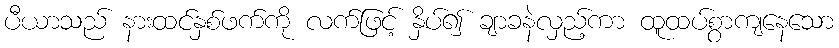
ပီယာသည် နားထင်နှစ်ဖက်ကို လက်ဖြင့် နှိပ်၍ ချာခနဲလှည့်ကာ ထူထပ်စွာကျနေသော